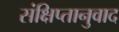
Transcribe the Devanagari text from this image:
संक्षिप्तानुवाद